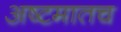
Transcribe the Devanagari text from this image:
अष्टमातच